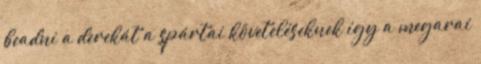
beadni a derekát a spártai követeléseknek így a megarai